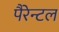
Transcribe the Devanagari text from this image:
पैरेन्टल